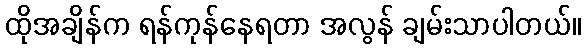
ထိုအချိန်က ရန်ကုန်နေရတာ အလွန် ချမ်းသာပါတယ်။